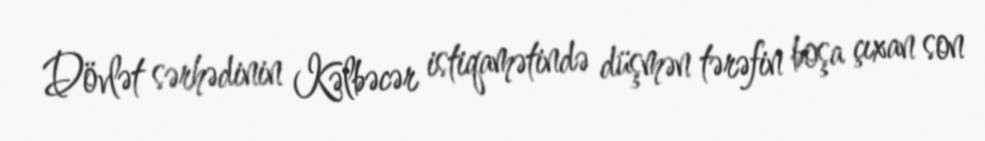
Dövlət sərhədinin Kəlbəcər istiqamətində düşmən tərəfin boşa çıxan son